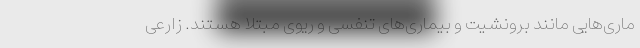
ماری‌هایی مانند برونشیت و بیماری‌های تنفسی و ریوی مبتلا هستند. زارعی